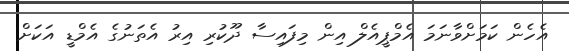
އެހެން ކަމަށްވާނަމަ އެމްޕީއެލް އިން މިފައިސާ ދޫކުރި އިރު އެތަނުގެ އެމްޑީ އަކަށް